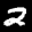
Label: 2